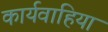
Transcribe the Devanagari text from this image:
कार्यवाहिया